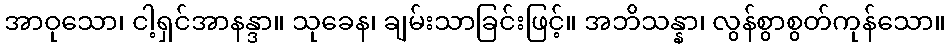
အာဝုသော၊ ငါ့ရှင်အာနန္ဒာ။ သုခေန၊ ချမ်းသာခြင်းဖြင့်။ အဘိသန္နာ၊ လွန်စွာစွတ်ကုန်သော။